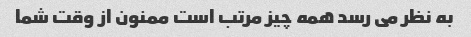
به نظر می رسد همه چیز مرتب است ممنون از وقت شما